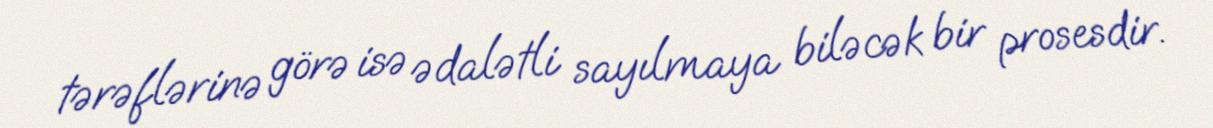
tərəflərinə görə isə ədalətli sayılmaya biləcək bir prosesdir.